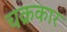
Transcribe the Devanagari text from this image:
चक्रकार